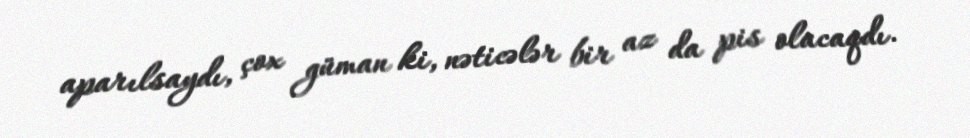
aparılsaydı, çox güman ki, nəticələr bir az da pis olacaqdı.